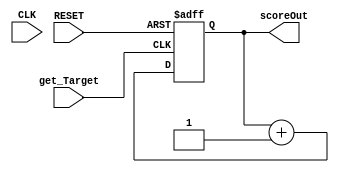
`timescale 1ns / 1ps
//////////////////////////////////////////////////////////////////////////////////
// Company: 
// Engineer: 
// 
// Design Name: 
// Module Name: Score_Counter
// Project Name: 
// Target Devices: 
// Tool Versions: 
// Description: 
// 
// Dependencies: 
// 
// Revision:
// Revision 0.01 - File Created
// Additional Comments:
// 
//////////////////////////////////////////////////////////////////////////////////


module Score_Counter(
  input get_Target,
  input RESET,
  input CLK,
  output [3:0] scoreOut
  );
  
  reg [3:0] Current_Score;
  assign scoreOut = Current_Score;
  
  always@(posedge RESET or posedge get_Target) begin
     if(RESET)
       Current_Score <= 0;
     else if(get_Target)
        Current_Score <= Current_Score + 1;
   end 
   
endmodule